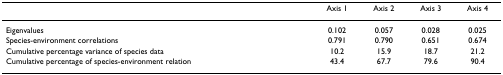
<table><thead><tr><td></td><td><b>Axis 1</b></td><td><b>Axis 2</b></td><td><b>Axis 3</b></td><td><b>Axis 4</b></td></tr></thead><tbody><tr><td>Eigenvalues</td><td>0.102</td><td>0.057</td><td>0.028</td><td>0.025</td></tr><tr><td>Species-environment correlations</td><td>0.791</td><td>0.790</td><td>0.651</td><td>0.674</td></tr><tr><td>Cumulative percentage variance of species data</td><td>10.2</td><td>15.9</td><td>18.7</td><td>21.2</td></tr><tr><td>Cumulative percentage of species-environment relation</td><td>43.4</td><td>67.7</td><td>79.6</td><td>90.4</td></tr></tbody></table>